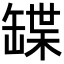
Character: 𦉃